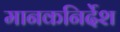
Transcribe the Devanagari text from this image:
मानकनिर्देश